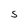
Character: S